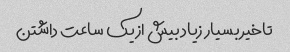
تاخیر بسیار زیاد بیش از یک ساعت داشتن